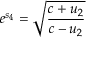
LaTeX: e ^ { s _ { 4 } } = { \sqrt { \frac { c + u _ { 2 } } { c - u _ { 2 } } } }